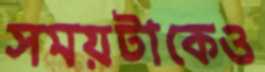
সময়টাকেও